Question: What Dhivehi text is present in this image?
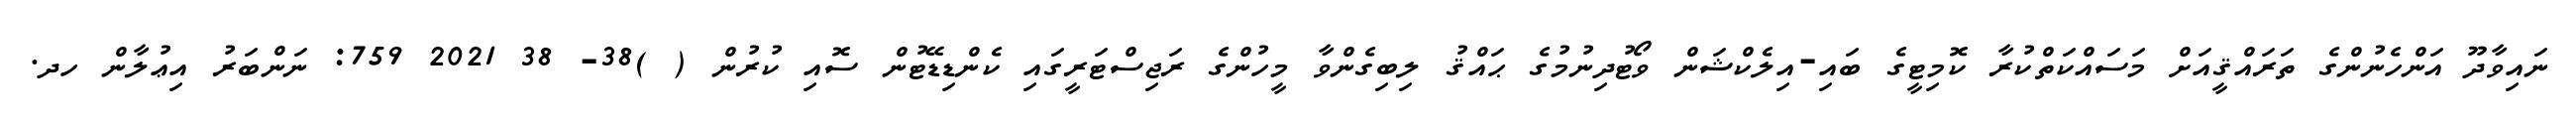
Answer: ނައިވާދޫ އަންހެނުންގެ ތަރައްޤީއަށް މަސައްކަތްކުރާ ކޮމިޓީގެ ބައި-އިލެކްޝަން ވޯޓުދިނުމުގެ ޙައްޤު ލިބިގެންވާ މީހުންގެ ރަޖިސްޓަރީގައި ކެންޑިޑޭޓުން ސޮއި ކުރުން ( )38- 38 2021 759: ނަންބަރު އިޢުލާން ހދ.